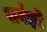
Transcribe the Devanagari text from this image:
सर्वज्ञो